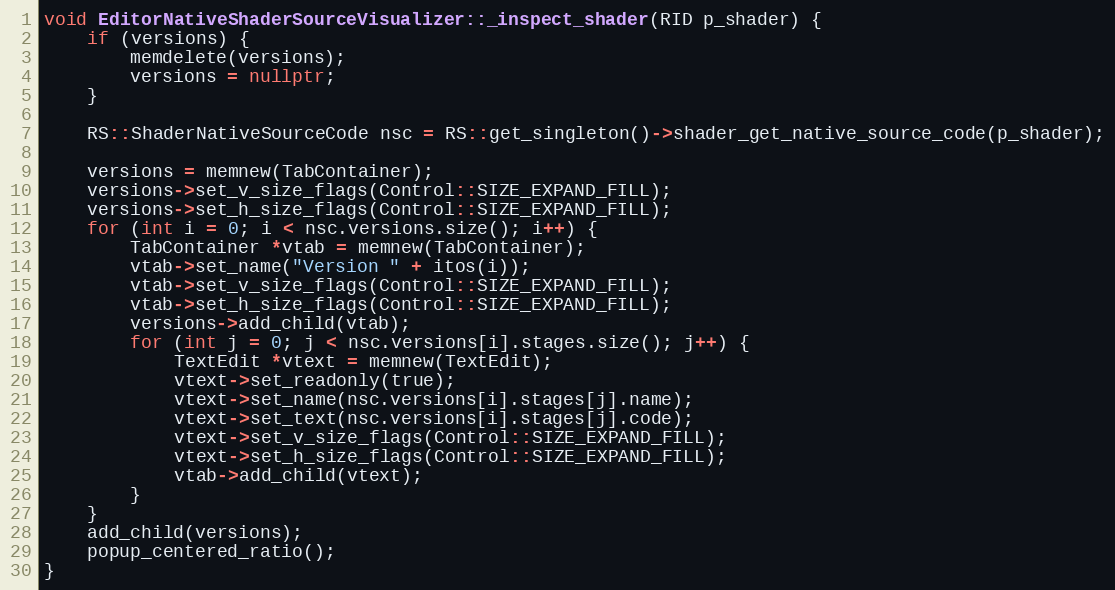
Language: C++
void EditorNativeShaderSourceVisualizer::_inspect_shader(RID p_shader) {
	if (versions) {
		memdelete(versions);
		versions = nullptr;
	}

	RS::ShaderNativeSourceCode nsc = RS::get_singleton()->shader_get_native_source_code(p_shader);

	versions = memnew(TabContainer);
	versions->set_v_size_flags(Control::SIZE_EXPAND_FILL);
	versions->set_h_size_flags(Control::SIZE_EXPAND_FILL);
	for (int i = 0; i < nsc.versions.size(); i++) {
		TabContainer *vtab = memnew(TabContainer);
		vtab->set_name("Version " + itos(i));
		vtab->set_v_size_flags(Control::SIZE_EXPAND_FILL);
		vtab->set_h_size_flags(Control::SIZE_EXPAND_FILL);
		versions->add_child(vtab);
		for (int j = 0; j < nsc.versions[i].stages.size(); j++) {
			TextEdit *vtext = memnew(TextEdit);
			vtext->set_readonly(true);
			vtext->set_name(nsc.versions[i].stages[j].name);
			vtext->set_text(nsc.versions[i].stages[j].code);
			vtext->set_v_size_flags(Control::SIZE_EXPAND_FILL);
			vtext->set_h_size_flags(Control::SIZE_EXPAND_FILL);
			vtab->add_child(vtext);
		}
	}
	add_child(versions);
	popup_centered_ratio();
}